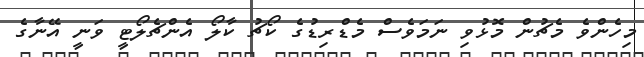
މިހެންވެ މެޗުން މޮޅުވި ނަމަވެސް މެޑްރިޑުގެ ކޯޗު ކާލޯ އެންޗެލޯޓީ ވަނީ އޭނާގެ